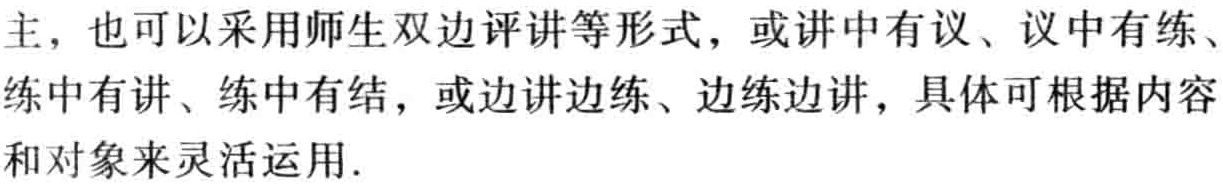
主，也可以采用师生双边评讲等形式，或讲中有议、议中有练、练中有讲、练中有结，或边讲边练、边练边讲，具体可根据内容和对象来灵活运用.